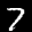
Label: 7